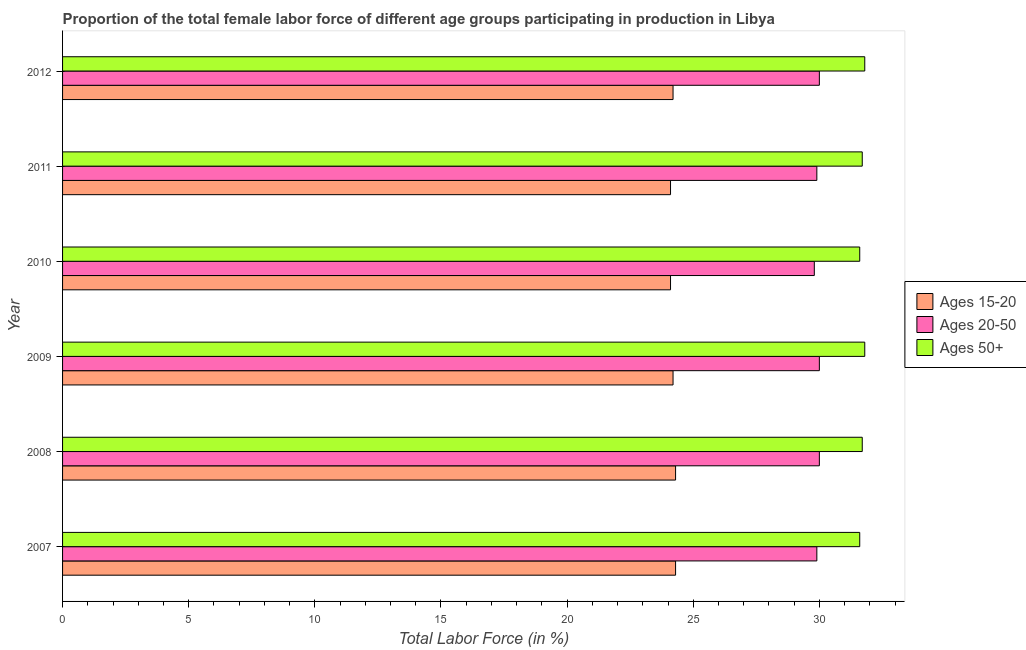
| Year | Ages 15-20 | Ages 20-50 | Ages 50+ |
 | --- | --- | --- | --- |
 | 2007 | 24.3 | 29.9 | 31.6 |
 | 2008 | 24.3 | 30 | 31.7 |
 | 2009 | 24.2 | 30 | 31.8 |
 | 2010 | 24.1 | 29.8 | 31.6 |
 | 2011 | 24.1 | 29.9 | 31.7 |
 | 2012 | 24.2 | 30 | 31.8 |